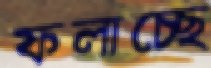
ফলাচ্ছে